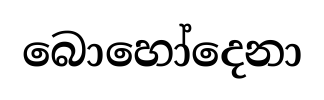
බොහෝදෙනා